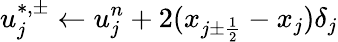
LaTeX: u_{j}^{\ast,\pm}\gets u_{j}^{n}+2(x_{{j\pm\frac{1}{2}}}-x_{j})\delta_{j}